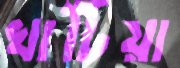
খাটিয়া